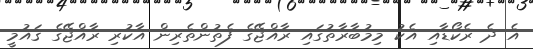
އެ ދެ ރެކޯޑާއި އެކު މިމުބާރާތުގައި ރާއްޖޭގެ ފެތުންތެރިން އާކުރި ރާއްޖޭގެ ޤައުމީ